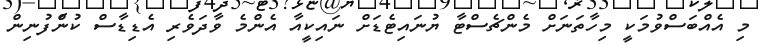
މި އެއްބަސްވުމަކީ މިހާތަނަށް މެންޗެސްޓާ ޔުނައިޓެޑަށް ނައިކީއާ އެންމެ ވާދަވެރި އެޑިޑާސް ކުންފުނިން